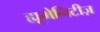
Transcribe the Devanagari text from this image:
ह्यूमेनिटीज़